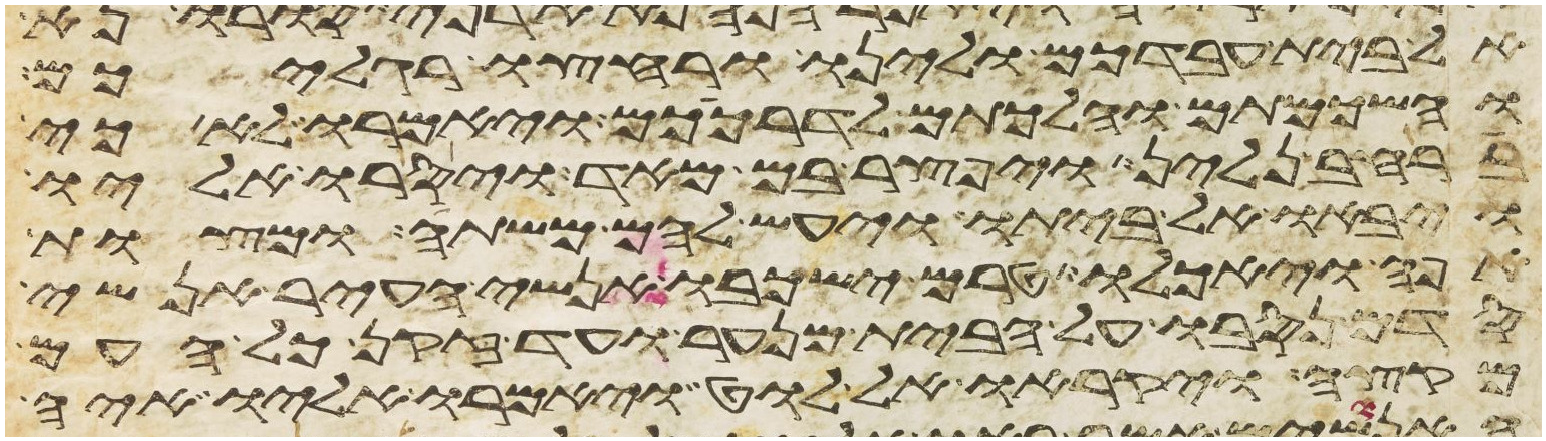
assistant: אל בית עבדכם ולינו ורחצו רגליכם
והשכמתם והלכתם לדרככם ויאמרו לא כי
ברחב נלין ויפצר בם מאד ויסרו אליו
ויבאו אל ביתו ויעש להם משתה ומצות
אפה ויאכלו טרם ישכבו אנשי העיר אנשי
סדם נסבו על הבית מנער ועד זקן כל העם
מקצה ויקראו אל לוט ויאמרו אליו איה